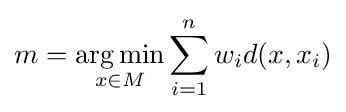
m={\underset {x\in M}{\operatorname {arg\,min} }}\sum _{i=1}^{n}w_{i}d(x,x_{i})